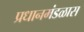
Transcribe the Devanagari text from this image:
प्रधानमंडळास